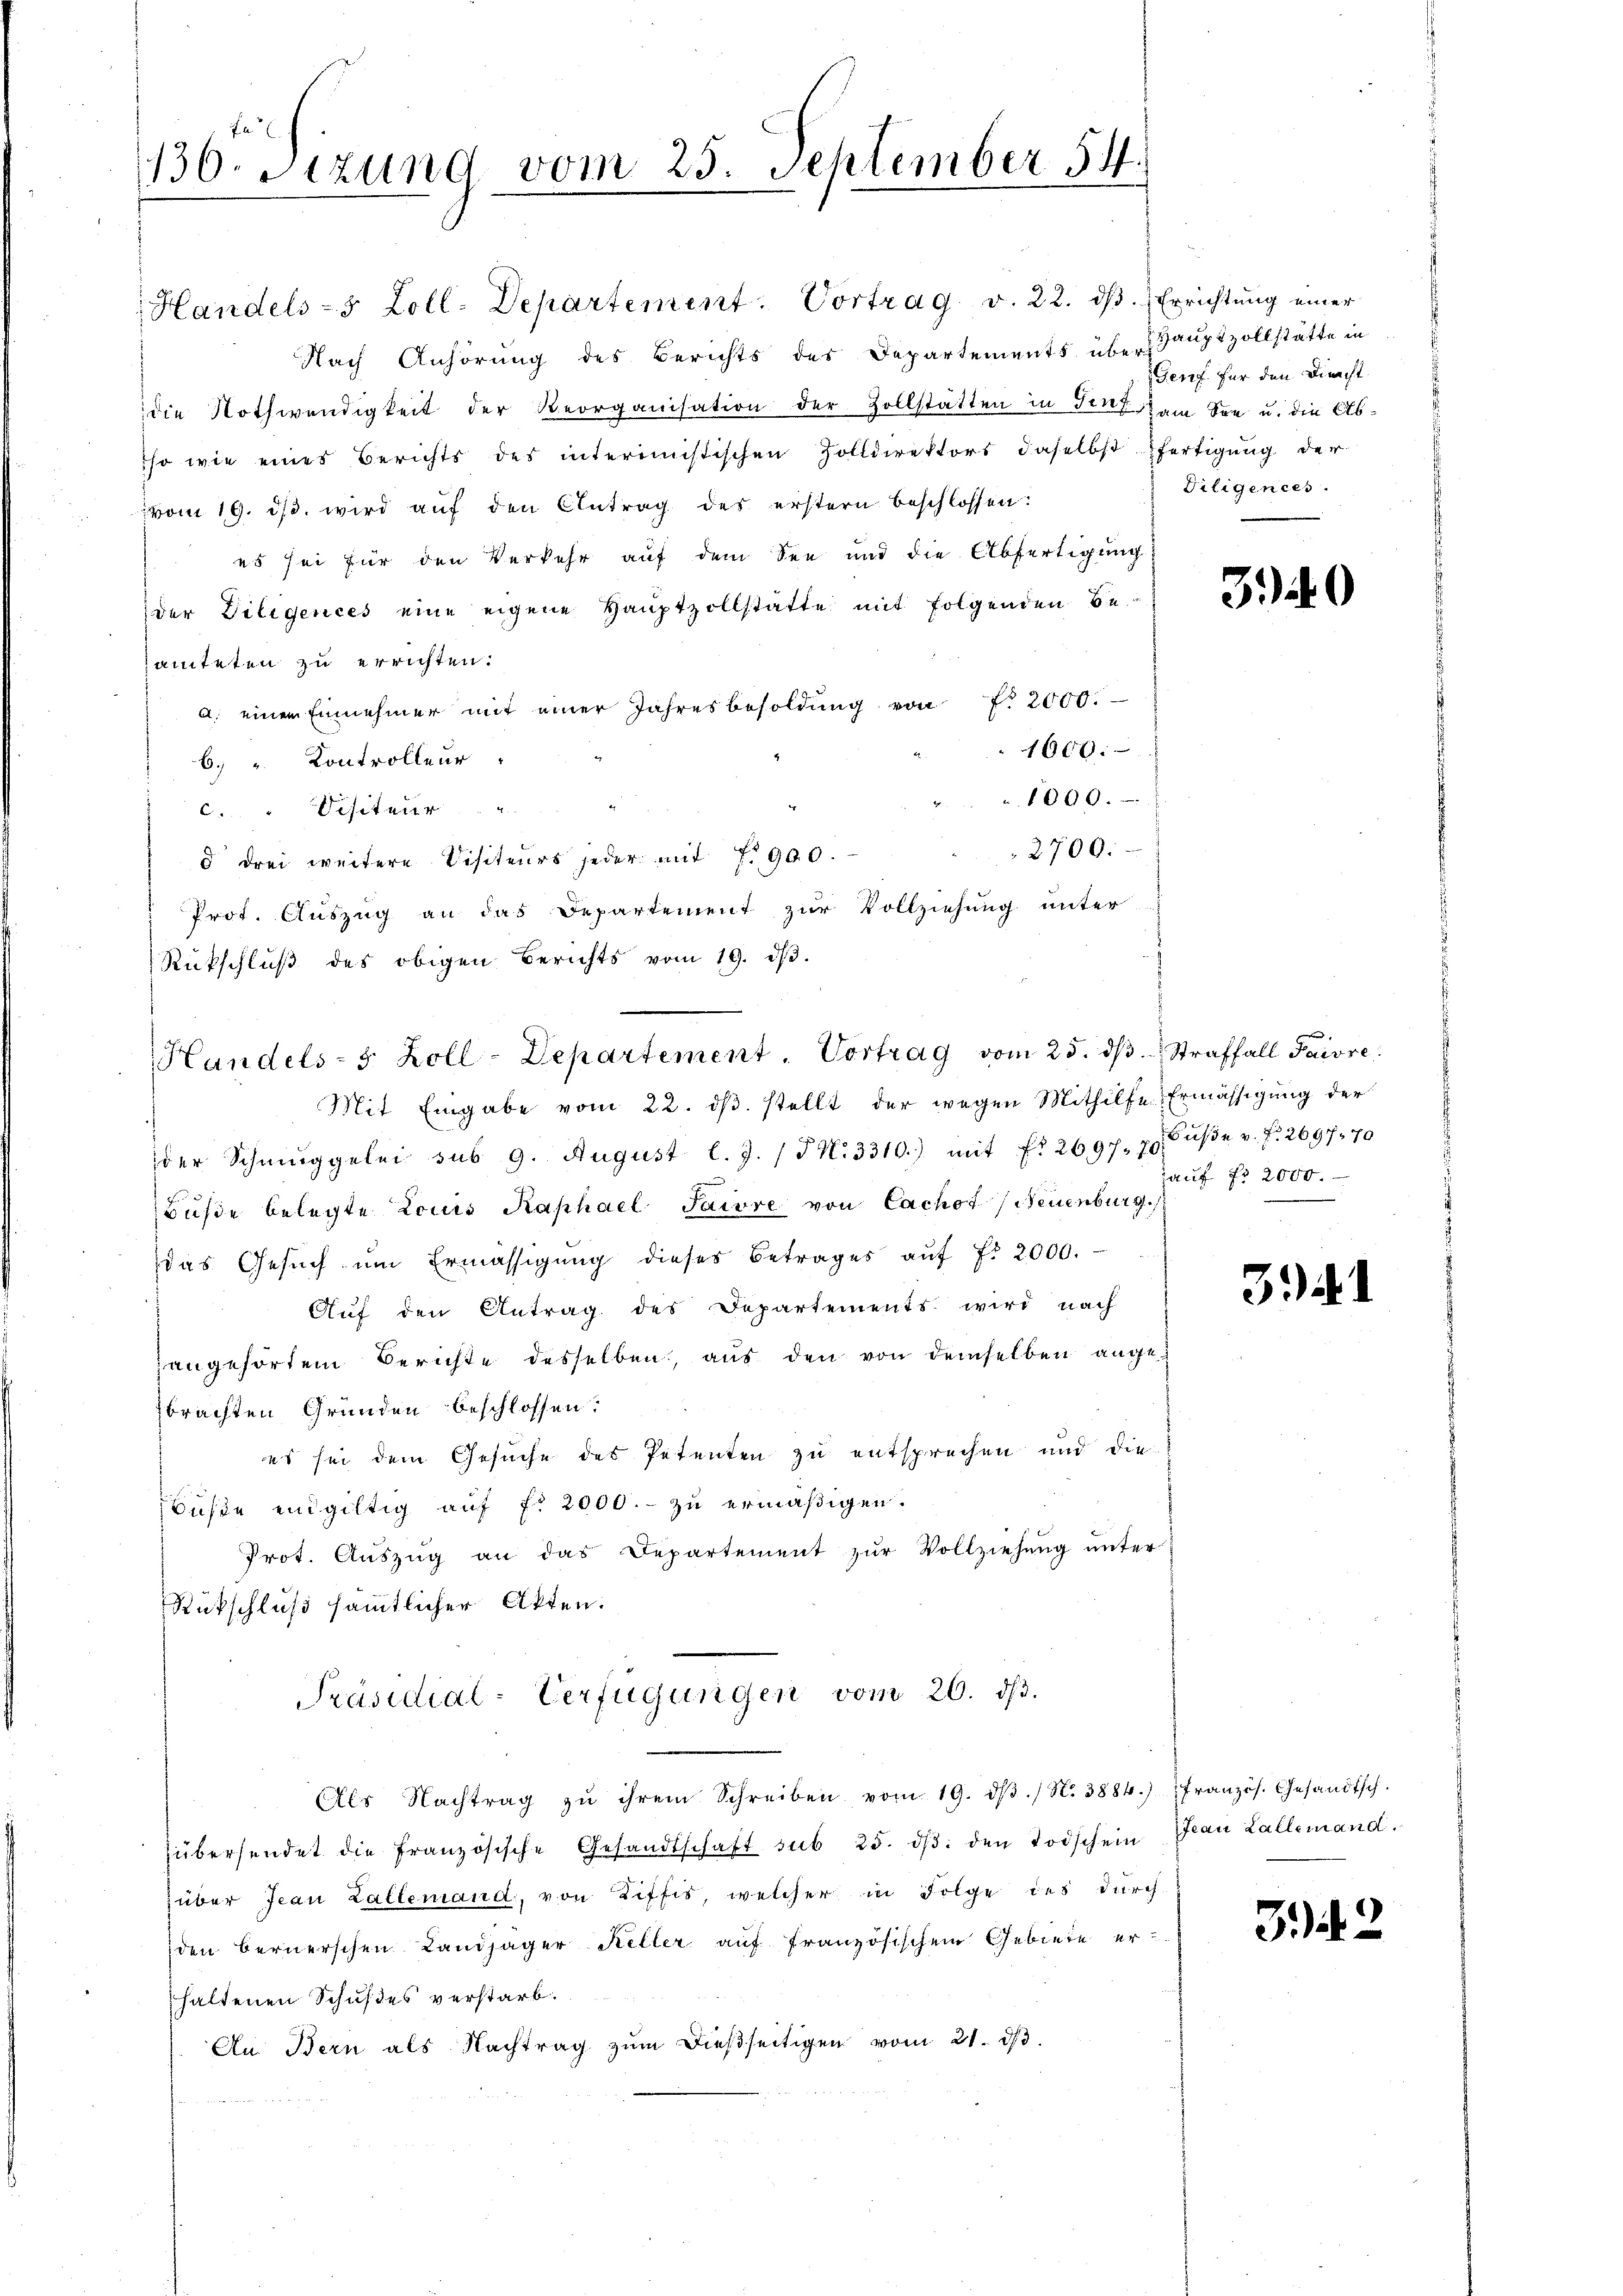
130. Sitzung vom 25. September 54.

Handels- 5 Zoll-Departement. Vortrag vom 25. dβ. Straffall Paivre

Handels-3 Zoll-Departement. Vortrag v. 22. ds. Errichtung einer
Nach Anhörung des Berichts des Departements überhauptzollstätte in
die Nothwendigkeit der Reorganisation der Zollstätten in Tief am Son u. die Abso wie eines Berichts des interimistischen Zolldirektors daselbst fertigung der
vom 19. ds. wird aŭf den Antrag des erstern beschlossen:
es sei für den Verkehr auf dem See und die Abfertigung
der Diligences eine eigene Haŭptzollstatte mit folgenden be-
amteten zu errichten:
a. einem Einnehmer mit einer Jahresbesoldŭng von 7. 2000.
1600.
b. " Kontrolleur
1000.
c. Visiteur
2700.
d drei weitere Visiteurs jeder mit 1900.
Prot. Auszug an das Departement zur Vollziehung unter
Rückschluß des obigen Berichts vom 19. dβ.
Mit Eingabe vom 22. ds. stellt der wegen Mithilfe Ermässigung der
der Schmuggelei sub 9. August l. J. (S. 3310.) mit fr. 2697. 70 Fuße v. P. 2697. 70
Buße belegte Louis Kaphael Jaire von Cachof (Neuenburg.
das Gesŭch ŭm Ermässigung dieses Betrages aŭf fr 2000.
Auf den Antrag des Departements wird nach
zangehörtem Berichte desselben, aus den von demselben angebrachten Gründen beschlossen:
es sei dem Gesuche des Petenten zu entsprechen und die
Buße endgültig auf fr 2000.- zu ermäßigen.
Prot. Aŭszŭg an das Departement zŭr Vollziehŭng ŭnter
Rückschluß sämmtlicher Akten.
Präsidial-Verfügungen vom 26. ds.
Als Nachtrag zu ihrem Schreiben vom 19. dβ / N. 3884.) Französ. Gesandtsch.
übersendet die französische Gesandtschaft sub 25. dβ. den Todschein Frau Lallemand.
über Jean Zallemand, von Ziffis, welcher in Folge des durch
den bernerschen Landjäger Keller auf französischen Gebiete erhaltenen Schußes verstarb.
An Bern als Nachtrag zŭm dießseitigen vom 21. d.

Genf für den Direcht
Diligences.

3.40

auf fr 2000.

341

342